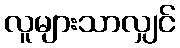
လူများသာလျှင်